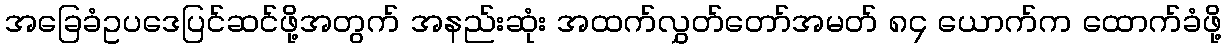
အခြေခံဥပဒေပြင်ဆင်ဖို့အတွက် အနည်းဆုံး အထက်လွှတ်တော်အမတ် ၈၄ ယောက်က ထောက်ခံဖို့